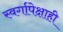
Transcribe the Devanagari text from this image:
स्वर्गापेक्षाही